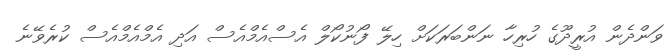
ވަންދެން އުރީދޫގެ ހުރިހާ ނަންބަރަކަށް ހިލޭ ފޯނުކޯލް އެސްއެމްއެސް އަދި އެމްއެމްއެސް ކުރެވޭނެ